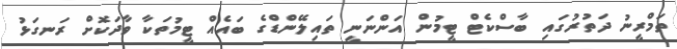
ތަމްރީނު ދަތުރުގައި ބާސްކެޓް ޓީމުން އަންނަނީ ތައިލޭންޑްގެ ބައެއް ޓީމުތަކާ ވާދަކޮށް ރަނގަޅު